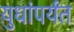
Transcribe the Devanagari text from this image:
युधांपर्यंत